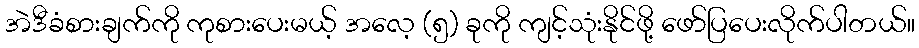
အဲဒီခံစားချက်ကို ကုစားပေးမယ့် အလေ့ (၅) ခုကို ကျင့်သုံးနိုင်ဖို့ ဖော်ပြပေးလိုက်ပါတယ်။